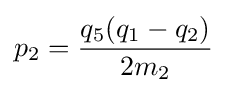
p_{2}={\frac {q_{5}(q_{1}-q_{2})}{2m_{2}}}\